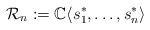
LaTeX: \begin{align*}{\cal R}_n:={\Bbb C}\langle s_1^*,\ldots,s_n^* \rangle\end{align*}